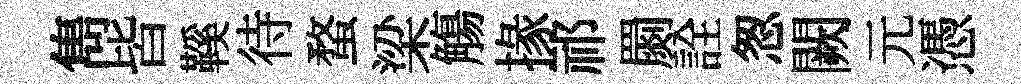
雋皆鞵待蝥梁觴掾祁罽詮怱闕元憑